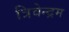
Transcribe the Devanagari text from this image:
त्रिवेन्‍द्रम